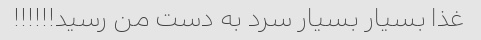
غذا بسیار بسیار سرد به دست من رسید!!!!!!